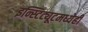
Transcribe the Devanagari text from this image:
इन्स्टिट्यूटमध्येही